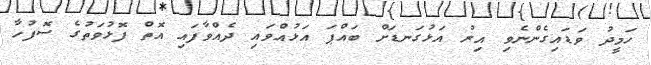
ހަމީދު ވަޑައިގެންނެވި އިރު އަޅުގަނޑަށް ބައްޕަ އަޅުއްވައި ދެއްވާފައި އޮތް ފޮޅުވަތުގެ ސޮފުހާ